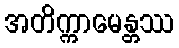
အတိက္ကာမေန္တဿ